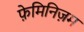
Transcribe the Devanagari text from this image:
फ़ेमिनिज़म